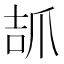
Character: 𤔎